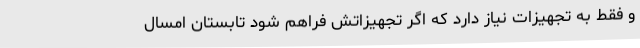
و فقط به تجهیزات نیاز دارد که اگر تجهیزاتش فراهم شود تابستان امسال